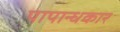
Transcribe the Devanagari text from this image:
पापान्धकार